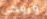
وروحي